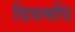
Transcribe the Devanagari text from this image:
दिवमपि